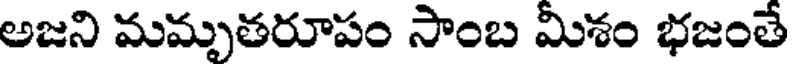
అజని మమృతరూపం సాంబ మీశం భజంతే